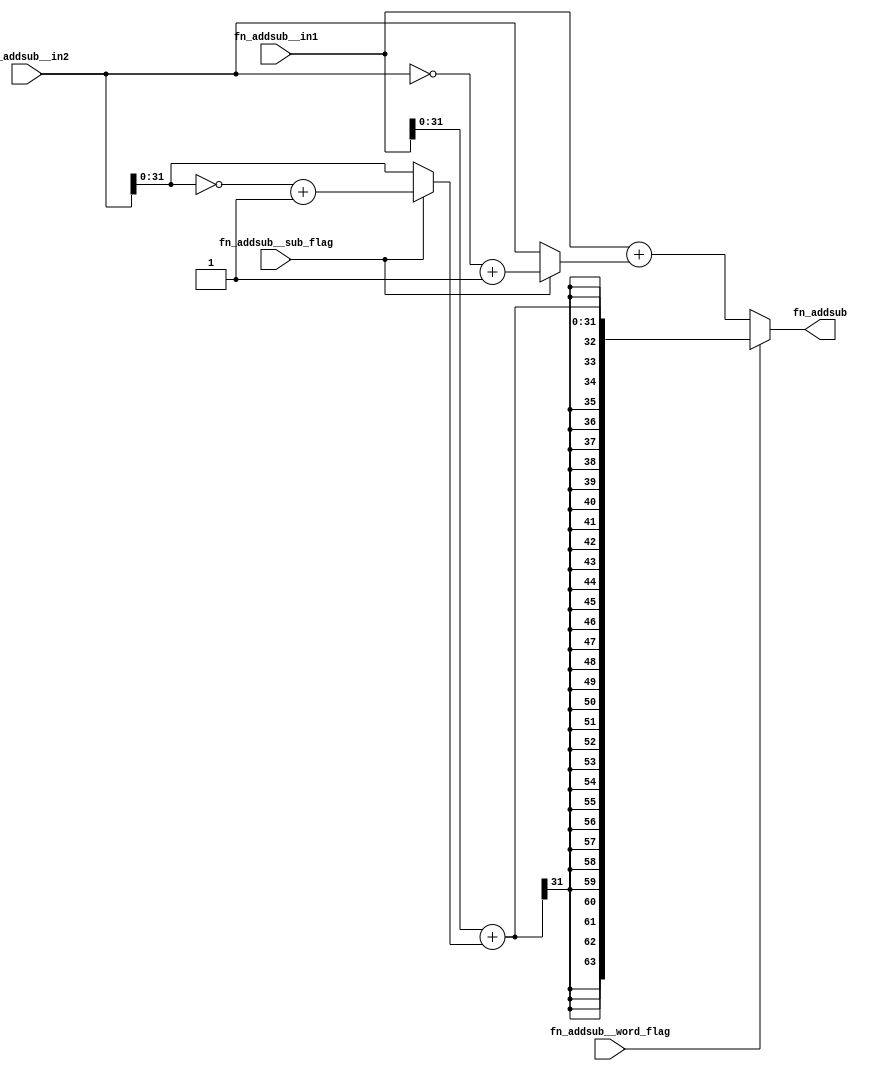
module module_fn_addsub(fn_addsub__in1,
			fn_addsub__in2,
			fn_addsub__word_flag,
			fn_addsub__sub_flag,
			fn_addsub);
  // value method fn_addsub
  input  [63 : 0] fn_addsub__in1;
  input  [63 : 0] fn_addsub__in2;
  input  fn_addsub__word_flag;
  input  fn_addsub__sub_flag;
  output [63 : 0] fn_addsub;

  // signals for module outputs
  wire [63 : 0] fn_addsub;

  // remaining internal signals
  wire [63 : 0] fn_addsub__in1_PLUS_IF_fn_addsub__sub_flag_THE_ETC___d11,
		op2__h123;
  wire [31 : 0] op2_w__h67, x__h33;

  // value method fn_addsub
  assign fn_addsub =
	     fn_addsub__word_flag ?
	       { {32{x__h33[31]}}, x__h33 } :
	       fn_addsub__in1_PLUS_IF_fn_addsub__sub_flag_THE_ETC___d11 ;

  // remaining internal signals
  assign fn_addsub__in1_PLUS_IF_fn_addsub__sub_flag_THE_ETC___d11 =
	     fn_addsub__in1 +
	     (fn_addsub__sub_flag ? op2__h123 : fn_addsub__in2) ;
  assign op2__h123 = ~fn_addsub__in2 + 64'd1 ;
  assign op2_w__h67 = ~fn_addsub__in2[31:0] + 32'd1 ;
  assign x__h33 =
	     fn_addsub__in1[31:0] +
	     (fn_addsub__sub_flag ? op2_w__h67 : fn_addsub__in2[31:0]) ;
endmodule